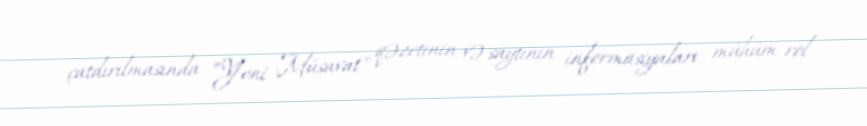
çatdırılmasında ”Yeni Müsavat" qəzetinin və saytının informasiyaları mühüm rol